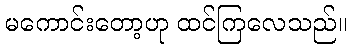
မကောင်းတော့ဟု ထင်ကြလေသည်။